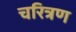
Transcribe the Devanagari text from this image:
चरित्रण